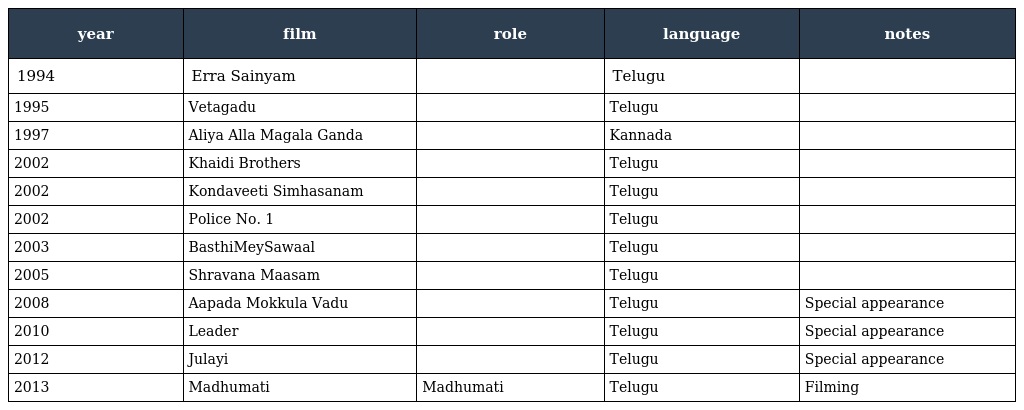
| year | film | role | language | notes |
 | --- | --- | --- | --- | --- |
 | 1994 | Erra Sainyam |  | Telugu |  |
 | 1995 | Vetagadu |  | Telugu |  |
 | 1997 | Aliya Alla Magala Ganda |  | Kannada |  |
 | 2002 | Khaidi Brothers |  | Telugu |  |
 | 2002 | Kondaveeti Simhasanam |  | Telugu |  |
 | 2002 | Police No. 1 |  | Telugu |  |
 | 2003 | BasthiMeySawaal |  | Telugu |  |
 | 2005 | Shravana Maasam |  | Telugu |  |
 | 2008 | Aapada Mokkula Vadu |  | Telugu | Special appearance |
 | 2010 | Leader |  | Telugu | Special appearance |
 | 2012 | Julayi |  | Telugu | Special appearance |
 | 2013 | Madhumati | Madhumati | Telugu | Filming |